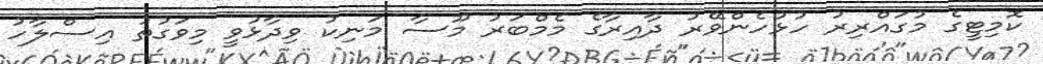
ކޮމިޓީގެ މުގައްރިރު ހުޅުހެންވޭރު ދާއިރާގެ މެމްބަރު މޫސާ މަނިކު ވިދާޅުވީ މިވަގުތު އިސްލާހު